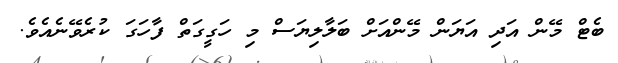
ބެޓް މޭން އަދި އަޔަން މޭންއަށް ބަލާލިޔަސް މި ހަގީގަތް ފާހަގަ ކުރެވޭނެއެވެ.